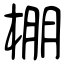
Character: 棚